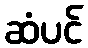
ဆံပင်